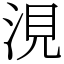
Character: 涀